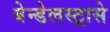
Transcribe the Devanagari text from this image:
बेन्डेलस्ट्रासे